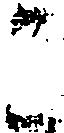
こ